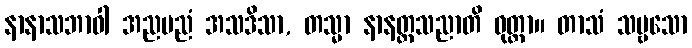
နာနာသဘာဝါ အညမညံ အသဒိသာ, တသ္မာ နာနတ္တသညာတိ ဝုတ္တာ။ တာသံ သဗ္ဗသော